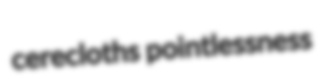
cerecloths pointlessness